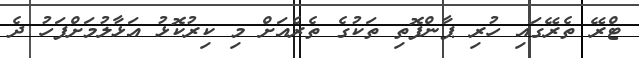
ޓްރޭ ތެރޭގައި ހުރި ޕާންފޮތި ތަކުގެ ތެރެއަށް މި ކިރުކޮޅު އަޅާލުމަށްފަހު ދެ